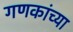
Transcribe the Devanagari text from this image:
गणकांच्या